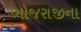
ભોજરાજીના